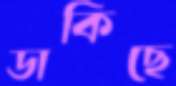
ডাকিছে